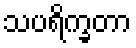
သပရိက္ခတာ